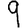
Digit: 9